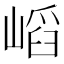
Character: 𡺫